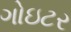
ગોઇટર